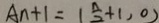
A n + 1 = \vert \frac { n } { 2 } + 1 , 0 )